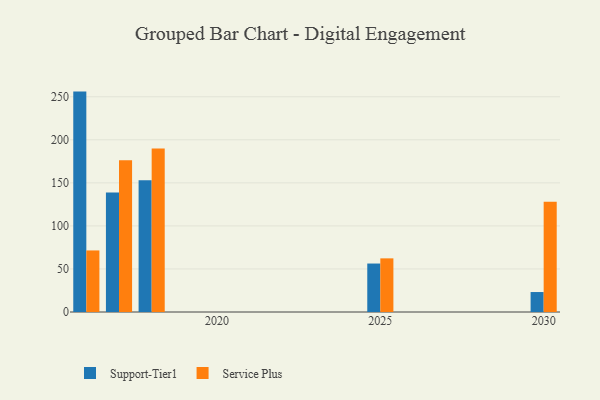
{"axis": {"x": "Year", "y": "Shipments"}, "legend": ["Service Plus", "Support-Tier1"], "data": [{"x": "2025", "y": 56.3, "type": "Support-Tier1"}, {"x": "2025", "y": 62.3, "type": "Service Plus"}, {"x": "2018", "y": 152.9, "type": "Support-Tier1"}, {"x": "2018", "y": 189.8, "type": "Service Plus"}, {"x": "2017", "y": 138.8, "type": "Support-Tier1"}, {"x": "2017", "y": 176.2, "type": "Service Plus"}, {"x": "2030", "y": 23.2, "type": "Support-Tier1"}, {"x": "2030", "y": 128.2, "type": "Service Plus"}, {"x": "2016", "y": 256.0, "type": "Support-Tier1"}, {"x": "2016", "y": 71.5, "type": "Service Plus"}]}